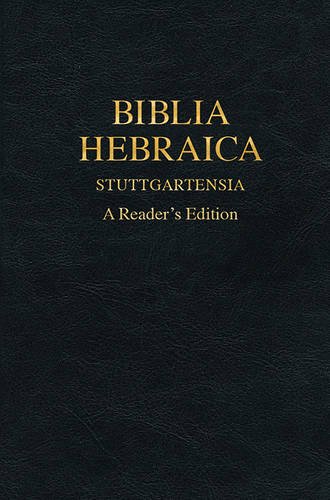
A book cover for Biblia Hebraica Stuttgartensia: A Reader's Edition (Hebrew Edition); Donald R. Vance; Christian Books & Bibles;